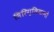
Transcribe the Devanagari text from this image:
सिरिग्लियानो